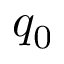
q _ { 0 }